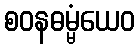
စဝနဓမ္မံယေဝ